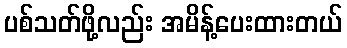
ပစ်သတ်ဖို့လည်း အမိန့်ပေးထားတယ်